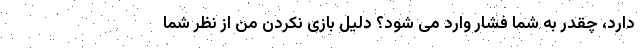
دارد، چقدر به شما فشار وارد می شود؟ دلیل بازی نکردن من از نظر شما